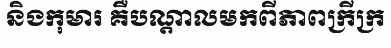
និងកុមារ គឺបណ្តាលមកពីភាពក្រីក្រ